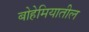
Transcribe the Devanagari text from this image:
बोहेमियातील